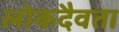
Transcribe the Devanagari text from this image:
लोकदैवता